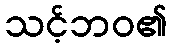
သင့်ဘဝ၏